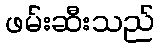
ဖမ်းဆီးသည်